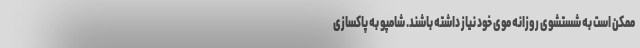
ممکن است به شستشوی روزانه موی خود نیاز داشته باشند. شامپو به پاکسازی